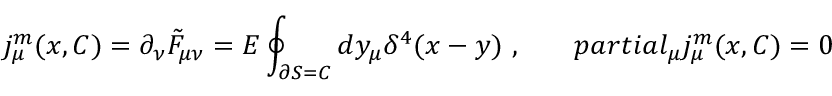
j _ { \mu } ^ { m } ( x , C ) = \partial _ { \nu } \tilde { { \cal F } } _ { \mu \nu } = E \oint _ { \partial S = C } d y _ { \mu } \delta ^ { 4 } ( x - y ) \ , \ \ \ \ \ \, p a r t i a l _ { \mu } j _ { \mu } ^ { m } ( x , C ) = 0